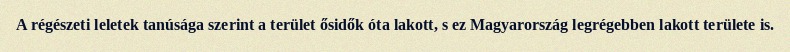
A régészeti leletek tanúsága szerint a terület ősidők óta lakott, s ez Magyarország legrégebben lakott területe is.